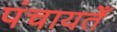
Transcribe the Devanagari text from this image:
पंचायतेँ